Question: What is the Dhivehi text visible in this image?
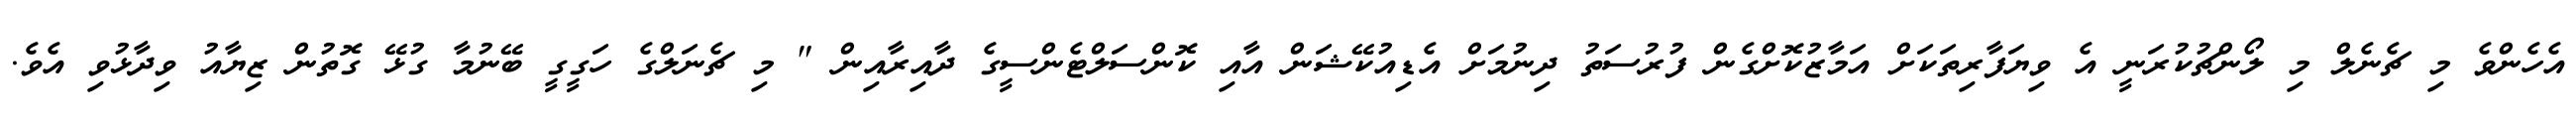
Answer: އެހެންވެ މި ޗެނެލް މި ލޯންޗުކުރަނީ އެ ވިޔަފާރިތަކަށް އަމާޒުކޮށްގެން ފުރުސަތު ދިނުމަށް އެޑިއުކޭޝަން އާއި ކޮންސަލްޓެންސީގެ ދާއިރާއިން " މި ޗެނަލްގެ ހަގީގީ ބޭނުމާ ގުޅޭ ގޮތުން ޒިޔާއު ވިދާޅުވި އެވެ.